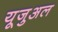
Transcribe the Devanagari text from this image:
यूजुअल